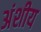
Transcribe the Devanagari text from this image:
अंशीय